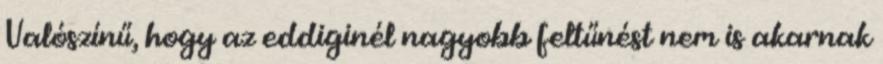
Valószínű, hogy az eddiginél nagyobb feltűnést nem is akarnak